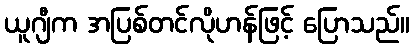
ယူဂျီက အပြစ်တင်လိုဟန်ဖြင့် ပြောသည်။